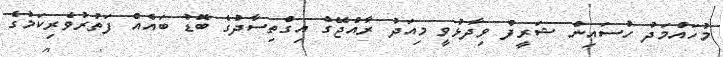
މުހައްމަދު ހުސައިން ޝަރީފް ވިދާޅުވީ މިއަދު ރާއްޖޭގެ އިގްތިސާދުގެ ބޮޑު ބައެއް ފަތުރުވެރިކަމުގެ